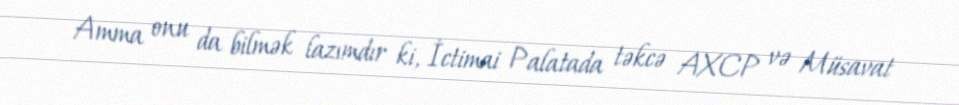
Amma onu da bilmək lazımdır ki, İctimai Palatada təkcə AXCP və Müsavat